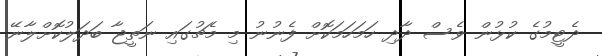
ދެޓީމުގެ ކުޅުން ވެސް ދާދި ހަމަހަމަކޮށް ފެނުނު މި މެޗުގައި ނަތީޖާ ބަދަލުކޮށްލާނޭ